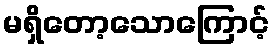
မရှိတော့သောကြောင့်